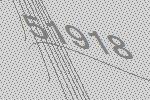
51918